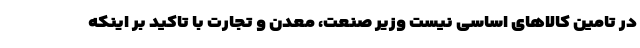
در تامین کالاهای اساسی نیست وزیر صنعت، معدن و تجارت با تاکید بر اینکه